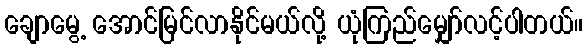
ချောမွေ့ အောင်မြင်လာနိုင်မယ်လို့ ယုံကြည်မျှော်လင့်ပါတယ်။